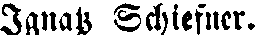
Ignass Schiefner.